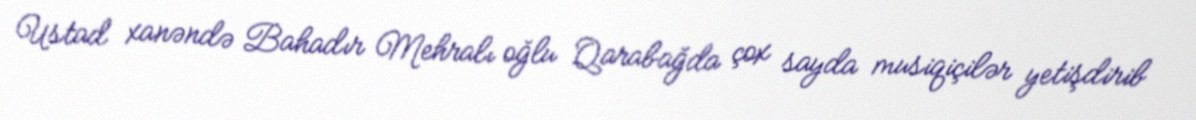
Ustad xanəndə Bahadır Mehralı oğlu Qarabağda çox sayda musiqiçilər yetişdirib